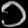
Digit: ၁